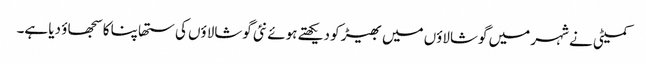
کمیٹی نے شہر میں گوشالاؤں میں بھیڑ کو دیکھتے ہوئے نئی گوشالاؤں کی ستھاپنا کا سجھاؤ دیا ہے۔